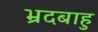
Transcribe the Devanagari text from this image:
भ्रदबाहु